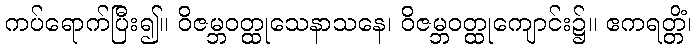
ကပ်ရောက်ပြီး၍။ ဝိဇမ္ဘဝတ္ထုသေနာသနေ၊ ဝိဇမ္ဘဝတ္ထုကျောင်း၌။ ဧကရတ္တိံ၊